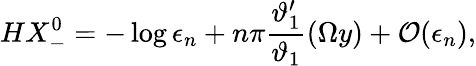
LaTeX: HX_{-}^{0}=-\log\epsilon_{n}+n\pi\frac{\vartheta_{1}^{\prime}}{\vartheta_{1}}(\Omega y)+{\cal O}(\epsilon_{n}),